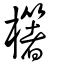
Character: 櫡